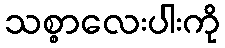
သစ္စာလေးပါးကို